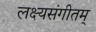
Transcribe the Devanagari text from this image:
लक्ष्यसंगीतम्‌